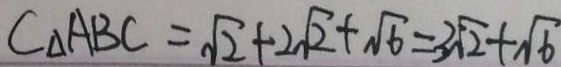
C _ { \Delta } A B C = \sqrt { 2 } + 2 \sqrt { 2 } + \sqrt { 6 } = 3 \sqrt { 2 } + \sqrt { 6 }